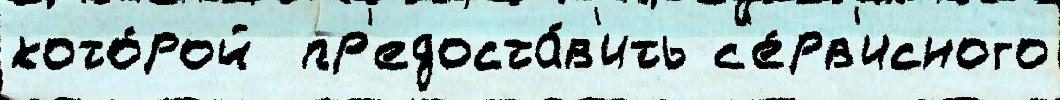
кото́рой  пр'едоста́в'ить с'е́рв'исного